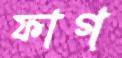
ফাগ